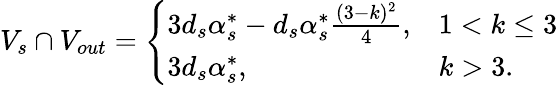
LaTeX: V_{s}\cap V_{out}=\left\{ \begin{array}{ll}{3d_{s}\alpha_{s}^{*}-d_{s}\alpha_{s}^{*}\frac{(3-k)^{2}}{4},}&{1<k\le 3}\\ {3d_{s}\alpha_{s}^{*},}&{k>3.}\end{array}\right.